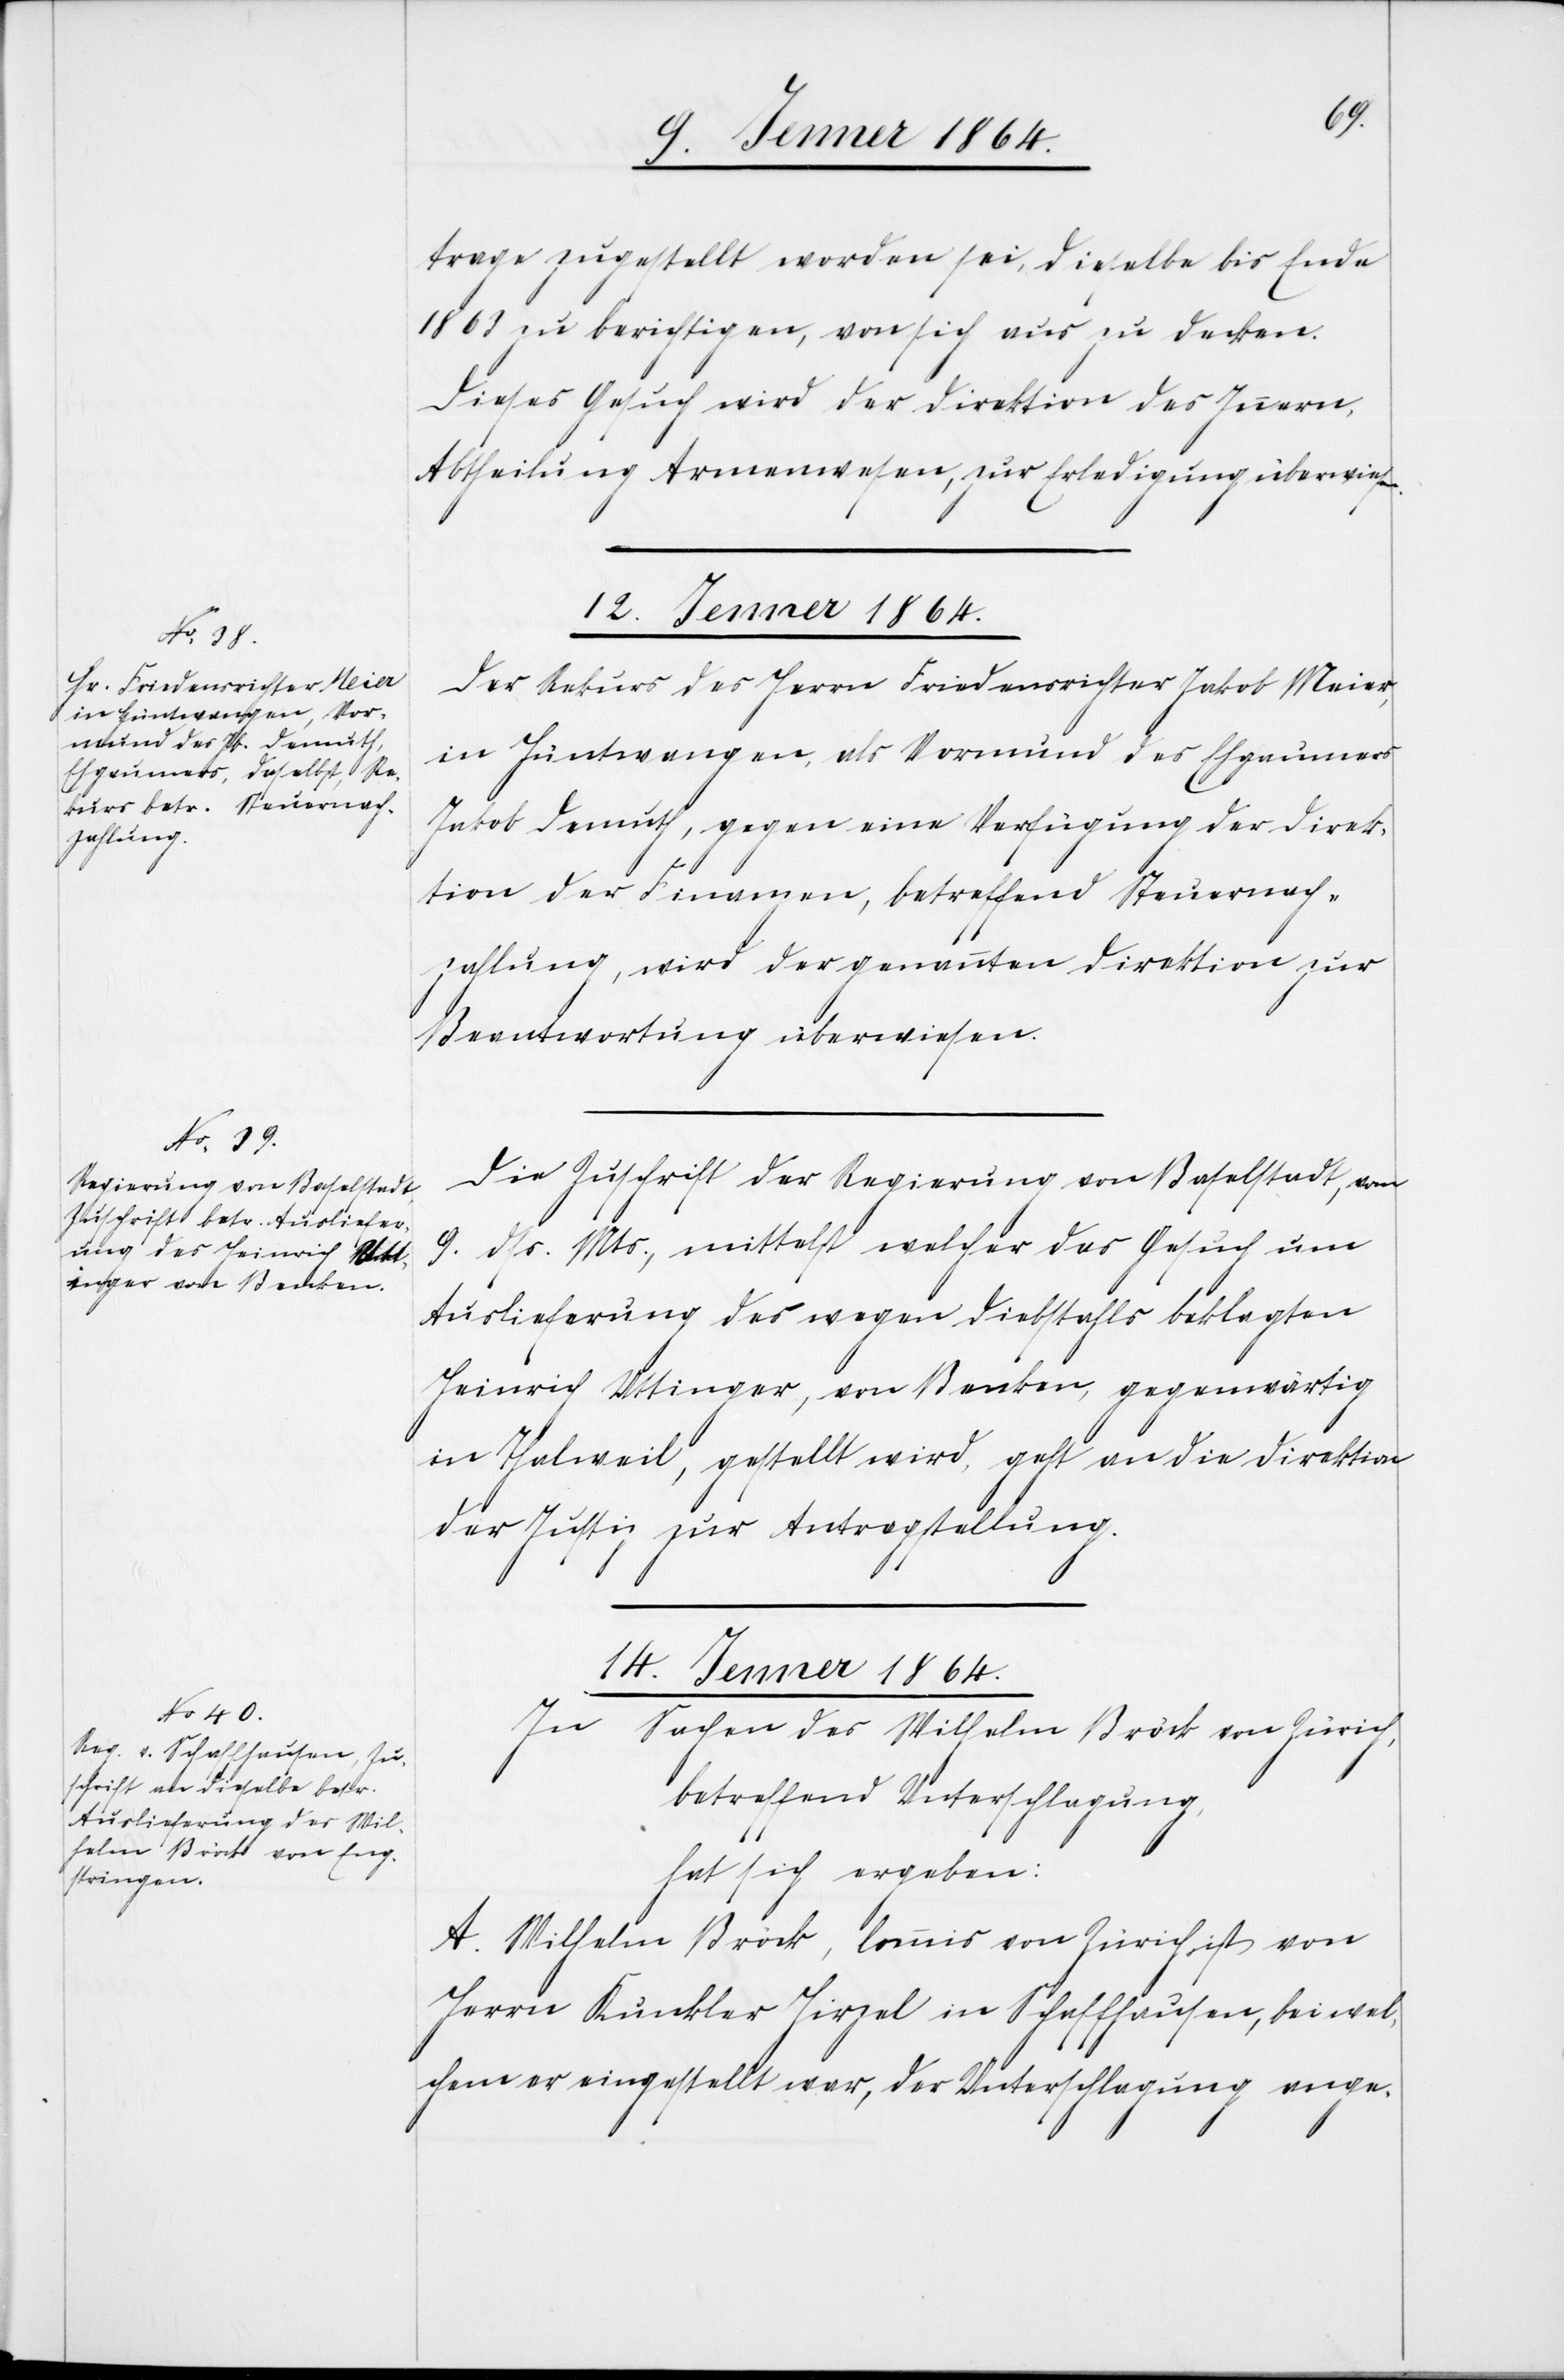
trage zugestellt worden sei, dieselbe bis Ende
1863 zu berichtigen, von sich aus zu decken.
Dieses Gesuch wird der Direktion des Innern,
Abtheilung Armenwesen, zur Erledigung überwiesen.
12. Jenner 1864.]
Der Rekurs des Herrn Friedensrichter Jakob Meier,
in Hüntwangen, als Vormund des Ehgaumers
Jakob Demuth, gegen eine Verfügung der Direk¬
tion der Finanzen, betreffend Steuernach¬
zahlung, wird der genannten Direktion zur
Beantwortung überwiesen.
Die Zuschrift der Regierung von Baselstadt, vom
9. dss. Mts., mittelst welcher das Gesuch um
Auslieferung des wegen Diebstahls beklagten
Heinrich Uttinger, von Benken, gegenwärtig
in Thalweil, gestellt wird, geht an die Direktion
der Justiz zur Antragstellung.
14. Jenner 1864.]
In Sachen des Wilhelm Bröck von Zürich,
betreffend Unterschlagung,
hat sich ergeben:
A. Wilhelm Bröck, Commis von Zürich, ist von
Herrn Kunkler Hirzel in Schaffhausen, bei wel¬
chem er eingestellt war, der Unterschlagung ange-